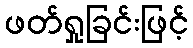
ဖတ်ရှုခြင်းဖြင့်